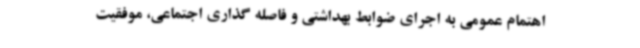
اهتمام عمومی به اجرای ضوابط بهداشتی و فاصله گذاری اجتماعی، موفقیت